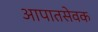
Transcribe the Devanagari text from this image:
आपातसेवक